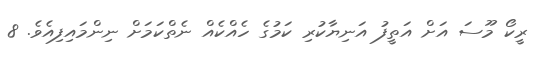
ރީކޯ މޫސަ އަށް އަތީފު އަނިޔާކުރި ކަމުގެ ހެއްކެއް ނެތްކަމަށް ނިންމައިފިއެވެ. 8